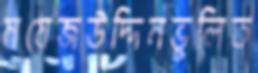
ময়েজউদ্দিনভুলিত